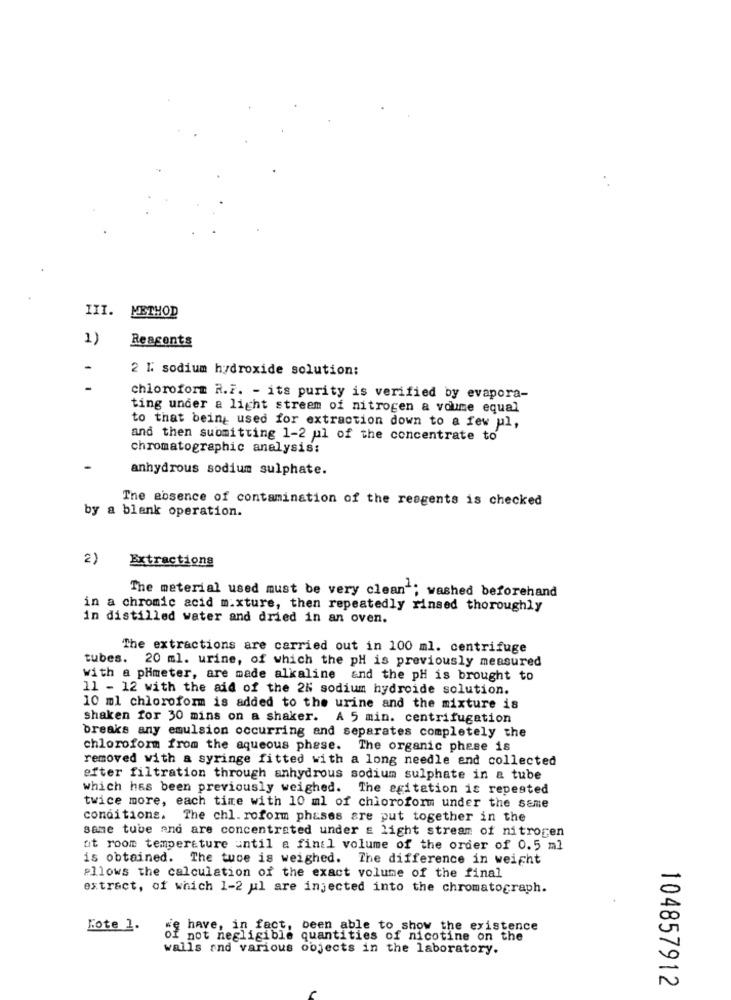
III. METHOD
1)
Reagents
-
2 I sodium hydroxide solution:
chloroform R.F. - its purity is verified by evapora-
ting under a light streem of nitrogen a voume equal
to that being used for extraction down to a few ul,
and then submitting 1-2 ul of the concentrate to
chromatographic analysis:
anhydrous sodium sulphate.
The absence of contamination of the reagents is checked
by a blank operation.
2)
Extractions
The meterial used must be very clean"; washed beforehand
in a chromic acid m.xture, then repeatedly rinsed thoroughly
in distilled water and dried in an oven.
The extractions are carried out in 100 ml. centrifuge
tubes. 20 ml. urine, of which the pH is previously measured
with a phmeter, are made alkaline and the pH is brought to
11 - 12 with the aid of the 2N sodium hydroide solution.
10 ml chloroform is added to the urine and the mixture is
shaken for 30 mins on a shaker.
A 5 min. centrifugation
breaks any emulsion occurring and separates completely the
chloroform from the aqueous phase. The organic phese is
removed with a syringe fitted with a long needle end collected
efter filtration through anhydrous sodium sulphate in & tube
which has been previously weighed. The agitation is repeated
twice more, each time with 10 ml of chloroform under the same
conditions. The chl. roform phases are put together in the
same tube and are concentrated under : light stream of nitrogen
at room temperature until a final volume of the order of 0.5 ml
is obtained. The tuce is weighed. The difference in weight
allows the calculation of the exact volume of the final
extract, of which 1-2 ul are injected into the chromatograph.
Lote 1.
have, in fact, been able to show the existence
I not negligible quantities of nicotine on the
walls and various objects in the laboratory.
104857912